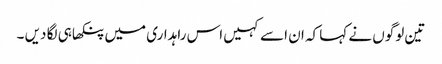
تین لوگوں نے کہا کہ ان اسے کہیں اس راہداری میں پنکھا ہی لگا دیں ۔